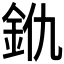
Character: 𨥐